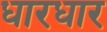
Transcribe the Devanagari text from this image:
धारधार